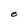
Character: e